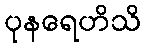
ပုနရေဟိသိ